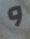
و